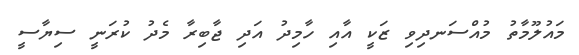
މައުލޫމާތު މުއްސަނދިވި ޒަކީ އާއި ހާމިދު އަދި ޖާބިރާ މެދު ކުރަނީ ސިޔާސީ